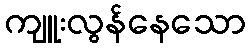
ကျူးလွန်နေသော